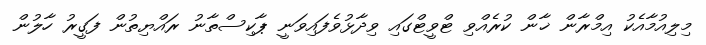
މިލިއުމާއެކު އިމްރާން ޚާން ކުރެއްވި ޓްވީޓްގައި ވިދާޅުވެފައިވަނީ ޕާކިސްތާނު ރައްޔިތުން ފަގީރު ހާލުން